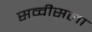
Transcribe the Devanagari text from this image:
सव्वीसला